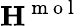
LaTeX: {\mathbf{H}}^{\mathrm{~m~o~l~}}